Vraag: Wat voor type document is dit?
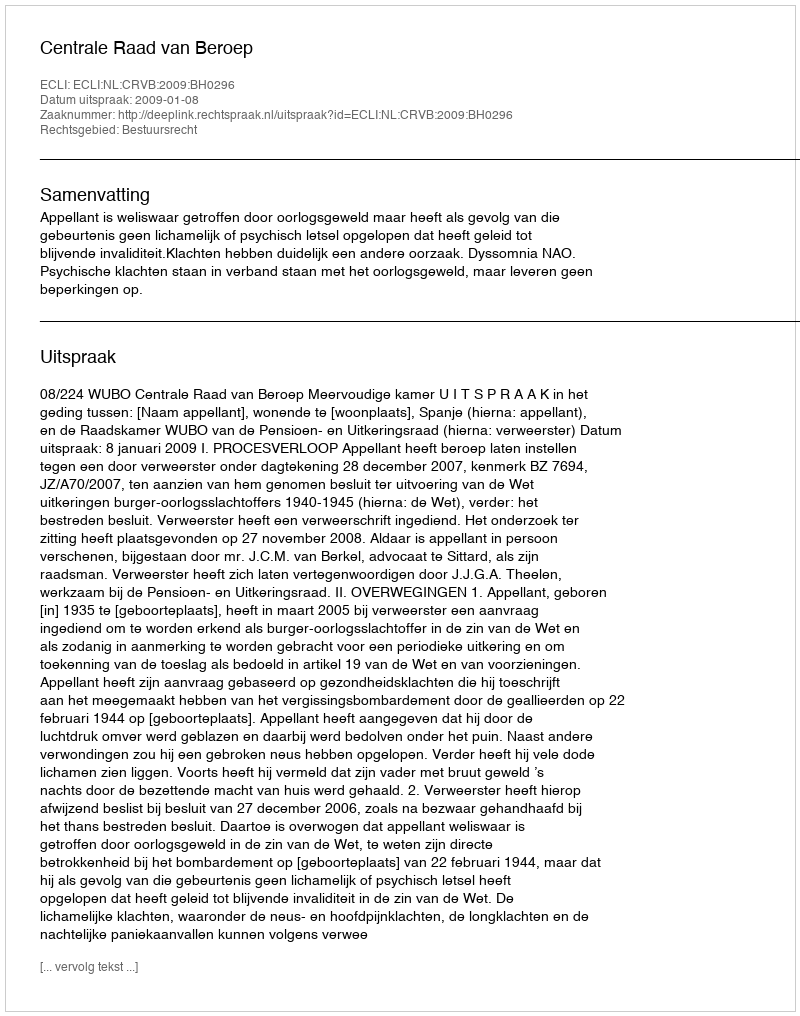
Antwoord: Uitspraak